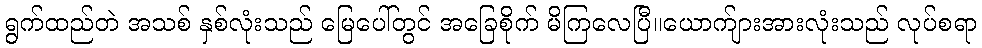
ရွက်ထည်တဲ အသစ် နှစ်လုံးသည် မြေပေါ်တွင် အခြေစိုက် မိကြလေပြီ။ယောက်ျားအားလုံးသည် လုပ်စရာ